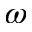
\omega